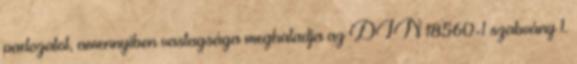
padozatot, amennyiben vastagsága meghaladja az DIN 18560-1 szabvány 1.